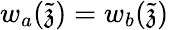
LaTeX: w_{a}(\tilde{\mathfrak{z}})=w_{b}(\tilde{\mathfrak{z}})